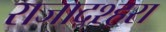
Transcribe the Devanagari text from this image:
राजादश्हरा